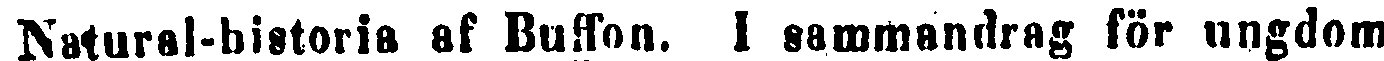
Natural-historia af Buffon. I sammandrag för ungdom.